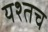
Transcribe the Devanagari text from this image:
यश्तच